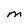
Character: M